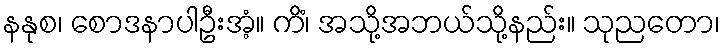
နနုစ၊ စောဒနာပါဦးအံ့။ ကိံ၊ အသို့အဘယ်သို့နည်း။ သုညတော၊